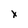
Character: X